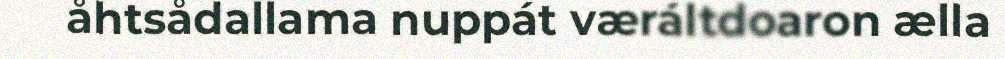
åhtsådallama nuppát væráltdoaron ælla